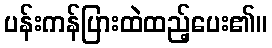
ပန်းကန်ပြားထဲထည့်ပေး၏။